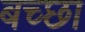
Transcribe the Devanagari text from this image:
बच्छा